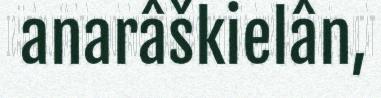
anarâškielân,